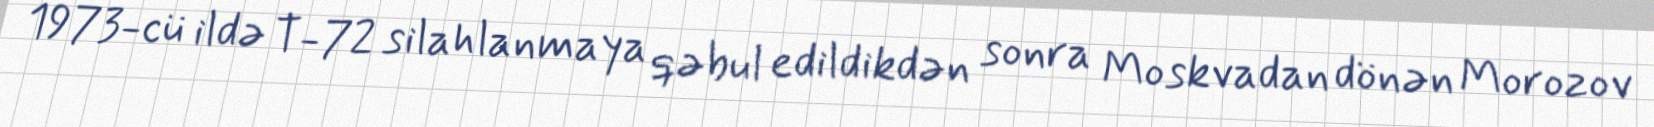
1973-cü ildə T-72 silahlanmaya qəbul edildikdən sonra Moskvadan dönən Morozov